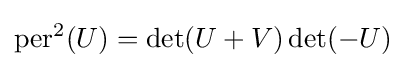
\operatorname {per} ^{2}(U)=\det(U+V)\det(-U)